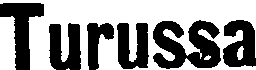
Turussa